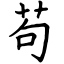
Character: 茍